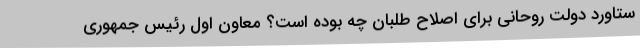
ستاورد دولت روحانی برای اصلاح طلبان چه بوده است؟ معاون اول رئیس جمهوری